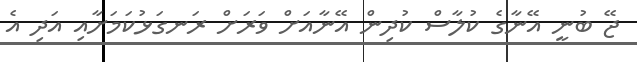
ޖޭ ބުނީ އޭނާގެ ކުލާސް ކުދިން އޭނާއަށް ވަރަށް ރަނގަޅުކަމަށާއި އަދި އެ